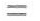
=